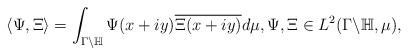
LaTeX: \begin{align*}\langle\Psi,\Xi\rangle = \int_{\Gamma\backslash\mathbb{H}}\Psi(x+iy)\overline{\Xi(x+iy)}d\mu,\Psi,\Xi\in L^2(\Gamma\backslash\mathbb{H},\mu),\end{align*}